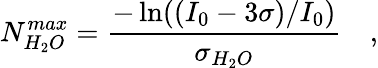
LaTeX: N_{H_{2}O}^{max}=\frac{-\ln((I_{0}-3\sigma)/I_{0})}{\sigma_{H_{2}O}}\quad,